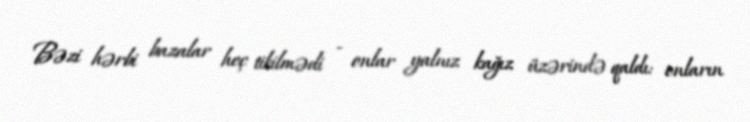
Bəzi hərbi bazalar heç tikilmədi - onlar yalnız kağız üzərində qaldı: onların